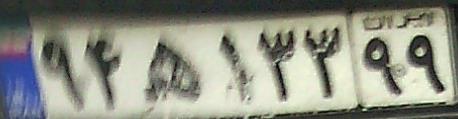
۹۴ه۱۳۳۹۹